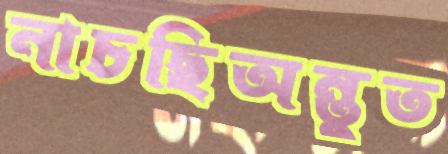
নাচছিঅন্তুত